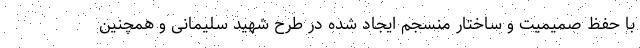
با حفظ صمیمیت و ساختار منسجم ایجاد شده در طرح شهید سلیمانی و همچنین